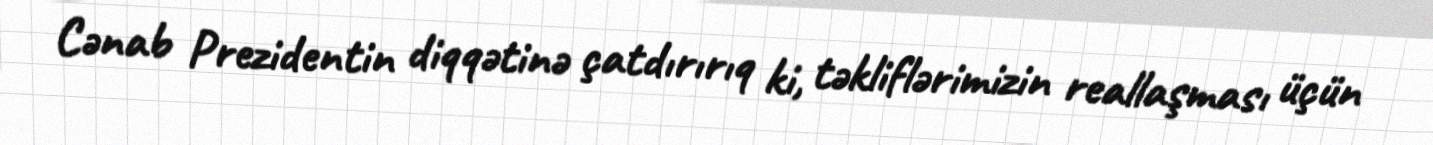
Cənab Prezidentin diqqətinə çatdırırıq ki, təkliflərimizin reallaşması üçün